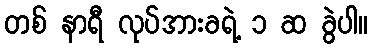
တစ် နာရီ လုပ်အားခရဲ့ ၁ ဆ ခွဲပါ။